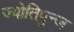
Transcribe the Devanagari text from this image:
ज्योतिपुन्ज